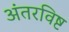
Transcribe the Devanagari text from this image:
अंतरविष्ट